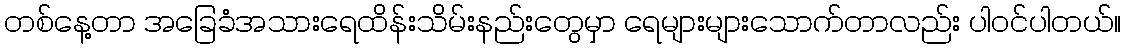
တစ်နေ့တာ အခြေခံအသားရေထိန်းသိမ်းနည်းတွေမှာ ရေများများသောက်တာလည်း ပါဝင်ပါတယ်။